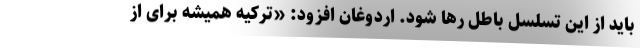
باید از این تسلسل باطل رها شود. اردوغان افزود: «ترکیه همیشه برای از